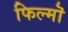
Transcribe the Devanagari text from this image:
फिल्मॊ